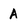
Character: A